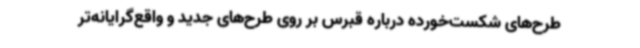
طرح‌های شکست‌خورده درباره قبرس بر روی طرح‌های جدید و واقع‌گرایانه‌تر